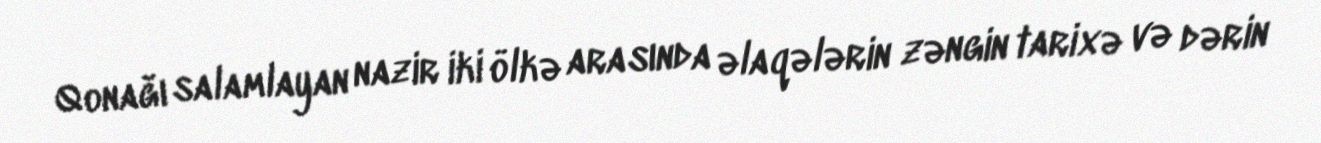
Qonağı salamlayan nazir iki ölkə arasında əlaqələrin zəngin tarixə və dərin